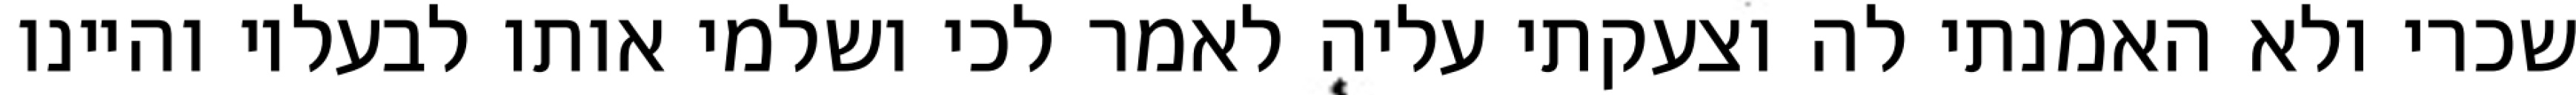
שכרי ולא האמנתי לה וצעקתי עליה לאמר לכי ושלמי אותו לבעליו והיינו